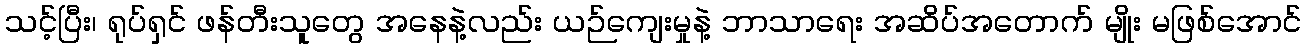
သင့်ပြီး၊ ရုပ်ရှင် ဖန်တီးသူတွေ အနေနဲ့လည်း ယဉ်ကျေးမှုနဲ့ ဘာသာရေး အဆိပ်အတောက် မျိုး မဖြစ်အောင်